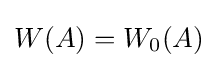
{\textstyle W(A)=W_{0}(A)}